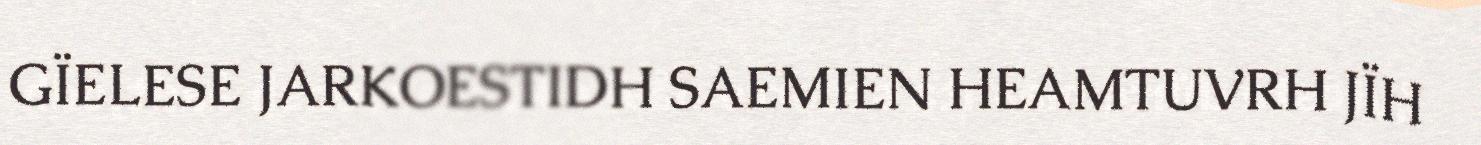
GÏELESE JARKOESTIDH SAEMIEN HEAMTUVRH JÏH